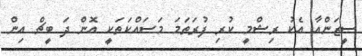
ސީޒަންއާ އެކު ރިޝްމީ ކުރި ފުރަތަމަ މަސައްކަތަކީ އޮން ދަ ބީޗް އިން